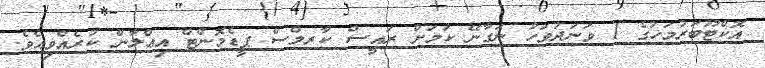
އޮކްޓޫބަރުމަހުގެ 1 ވަނަދުވަހު ނަގާނޭ ކަމަށް ރައީސް ކާރލްސް ޕީޑެމޮންޓް އިޢްލާން ކުރެއްވިއެވެ.